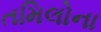
તમિલોના